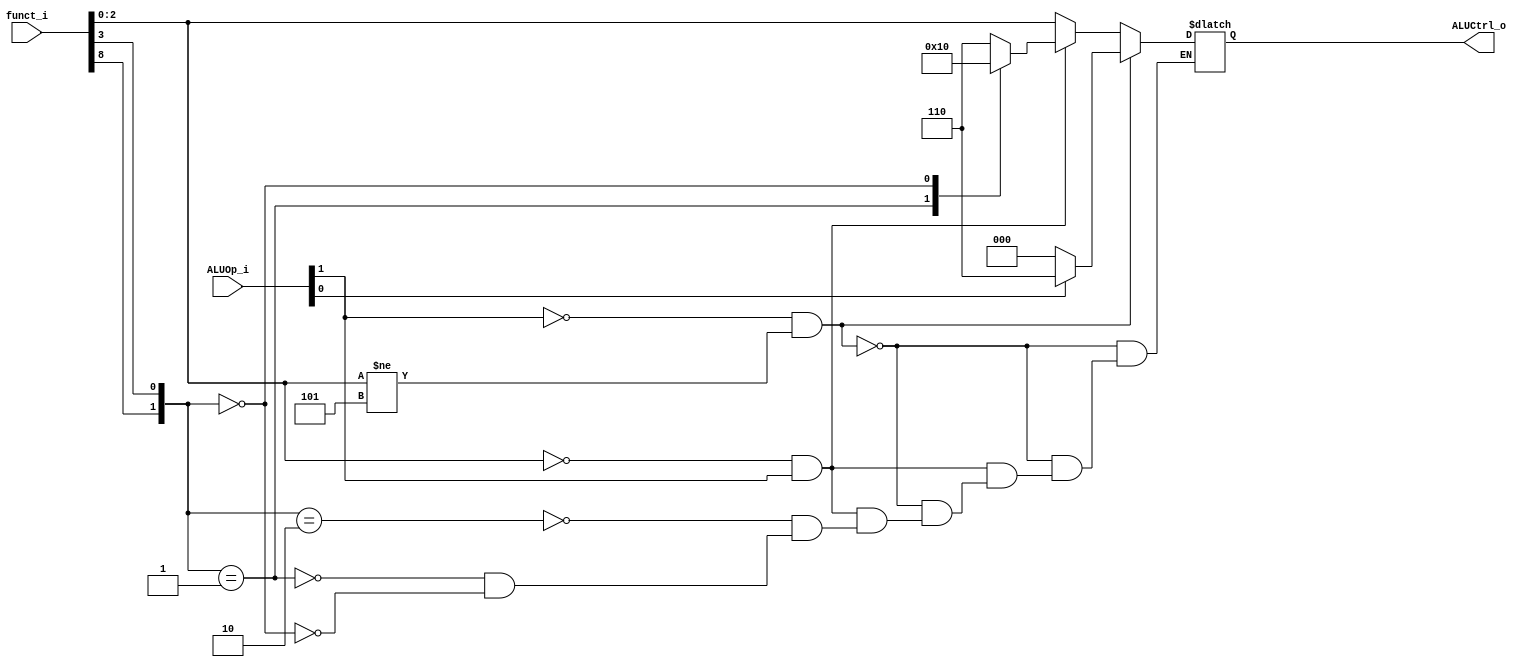
module ALU_Control (
    funct_i,
    ALUOp_i,
    ALUCtrl_o
);
// Reads funct7 and funct3 in the instruction and tell ALU what kind of operation it
// should do.

input  [9:0]      funct_i;
input  [1:0]      ALUOp_i;
output reg [2:0]  ALUCtrl_o;

always@ (funct_i or ALUOp_i) begin
    if (ALUOp_i[1] == 0 && funct_i[2:0] != 3'b101) begin
        case(ALUOp_i[0])
            0: ALUCtrl_o = 3'b000; // ADD
            1: ALUCtrl_o = 3'b110; // SUB
        endcase
    end
    else if (funct_i[2:0] == 3'b000 && ALUOp_i[1]) begin
        case({funct_i[8], funct_i[3]})
            2'b10: ALUCtrl_o = 3'b110; // SUB
            2'b01: ALUCtrl_o = 3'b010; // MUL
            2'b00: ALUCtrl_o = 3'b000; // ADD
        endcase
    end
    else
        ALUCtrl_o = funct_i[2:0];
end


endmodule